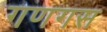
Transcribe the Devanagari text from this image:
गणगस